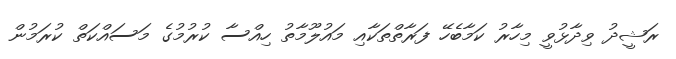
ރަޝީދު ވިދާޅުވީ މިހާރު ކަމާބެހޭ ފަރާތްތަކާއި މައުލޫމާތު ހިއްސާ ކުރުމުގެ މަސައްކަތް ކުރަމުން